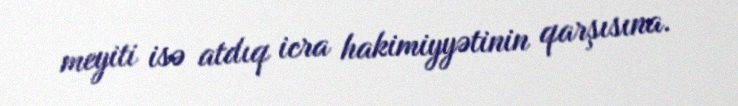
meyiti isə atdıq icra hakimiyyətinin qarşısına.